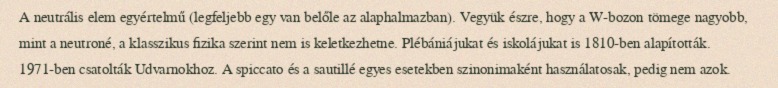
A neutrális elem egyértelmű (legfeljebb egy van belőle az alaphalmazban). Vegyük észre, hogy a W-bozon tömege nagyobb, mint a neutroné, a klasszikus fizika szerint nem is keletkezhetne. Plébániájukat és iskolájukat is 1810-ben alapították. 1971-ben csatolták Udvarnokhoz. A spiccato és a sautillé egyes esetekben szinonimaként használatosak, pedig nem azok.